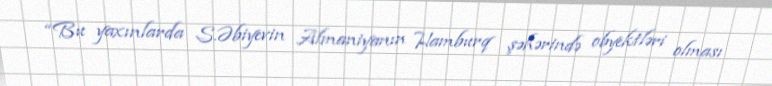
“Bu yaxınlarda S.Əbiyevin Almaniyanın Hamburq şəhərində obyektləri olması